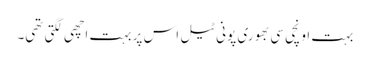
بہت اونچی سی بھوری پونی ٹیل اس پر بہت اچھی لگتی تھی۔